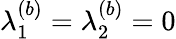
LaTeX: \lambda_{1}^{(b)}=\lambda_{2}^{(b)}=0